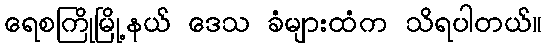
ရေစကြိုမြို့နယ် ဒေသ ခံများထံက သိရပါတယ်။